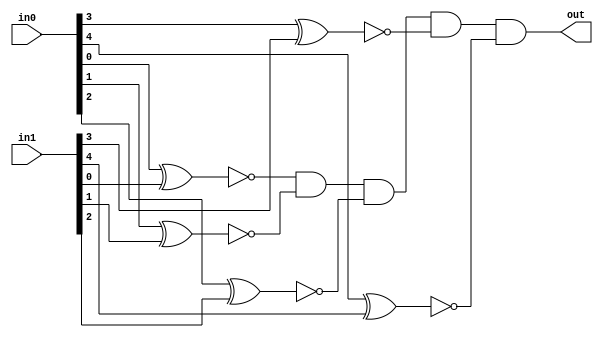
module equality_5(in0, in1, out);

	input [4:0] in0, in1;
	output out;
	
	wire o0, o1, o2, o3, o4;
	xnor my_o0(o0, in0[0], in1[0]);
	xnor my_o1(o1, in0[1], in1[1]);
	xnor my_o2(o2, in0[2], in1[2]);
	xnor my_o3(o3, in0[3], in1[3]);
	xnor my_o4(o4, in0[4], in1[4]);
	
	and my_out(out, o0, o1, o2, o3, o4);

endmodule